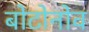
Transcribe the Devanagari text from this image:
बोटोनोव